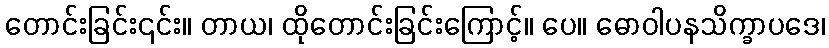
တောင်းခြင်း၎င်း။ တာယ၊ ထိုတောင်းခြင်းကြောင့်။ ပေ။ ဓောဝါပနသိက္ခာပဒေ၊